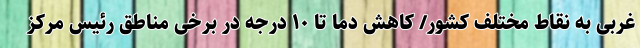
غربی به نقاط مختلف کشور/ کاهش دما تا ۱۰ درجه‌ در برخی مناطق رئیس مرکز